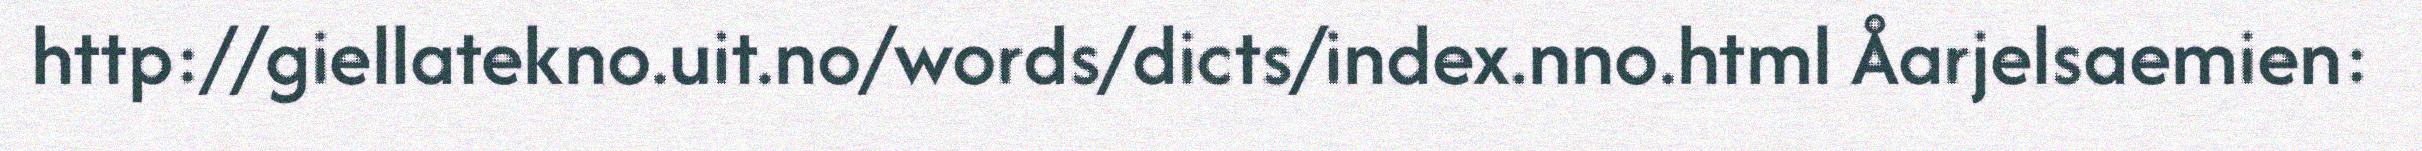
http://giellatekno.uit.no/words/dicts/index.nno.html Åarjelsaemien: